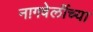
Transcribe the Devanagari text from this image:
नागवेलींच्या